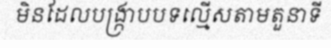
មិនដែលបង្ក្រាបបទល្មើសតាមតួនាទី